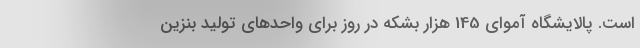
است. پالایشگاه آموای 145 هزار بشکه در روز برای واحدهای تولید بنزین